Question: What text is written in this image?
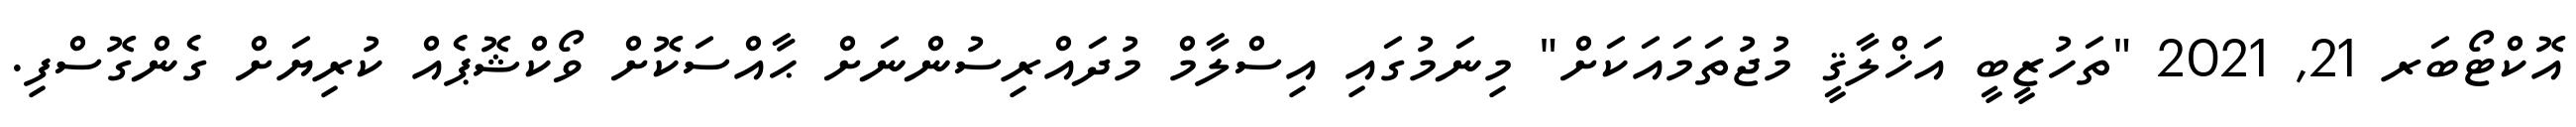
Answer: އޮކްޓޯބަރ 21, 2021 "ތަހުޒީބީ އަޚްލާޤީ މުޖުތަމައަކަށް" މިނަމުގައި އިސްލާމް މުދައްރިސުންނަށް ޙާއްސަކޮށް ވޯކްޝޮޕެއް ކުރިޔަށް ގެންގޮސްފި.